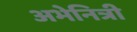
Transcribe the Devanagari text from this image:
अभेनित्री